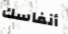
أنفاسك